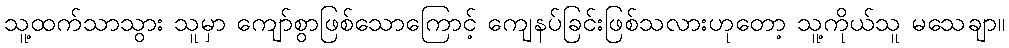
သူ့ထက်သာသွား သူမှာ ကျော်စွာဖြစ်သောကြောင့် ကျေနပ်ခြင်းဖြစ်သလားဟုတော့ သူ့ကိုယ်သူ မသေချာ။